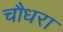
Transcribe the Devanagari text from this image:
चौधरा